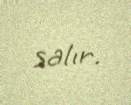
salır.